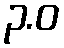
၃.ဝ